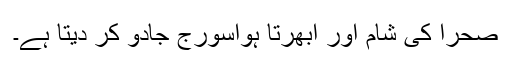
صحرا کی شام اور ابھرتا ہواسورج جادو کر دیتا ہے۔